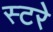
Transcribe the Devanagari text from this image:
स्टरे